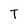
Character: T